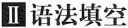
Ⅱ语法填空